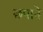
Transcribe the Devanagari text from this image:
छपाने